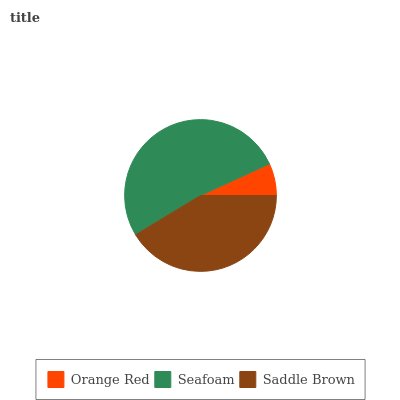
| Orange Red | Seafoam | Saddle Brown |
 | --- | --- | --- |
 | 6.84% | 51.8% | 41.3% |